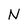
Character: N